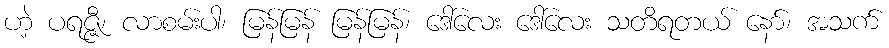
ဟဲ့ ပရဇ္ဇီ၊ လာစမ်းပါ၊ မြန်မြန် မြန်မြန်၊ ဒေါ်လေး ဒေါ်လေး သတိရတယ် နော်၊ အသက်